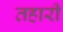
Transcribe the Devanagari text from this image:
तहारी